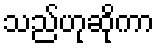
သည်ဟုဆိုကာ